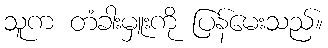
သူက တံခါးမှူးကို ပြန်မေးသည်။